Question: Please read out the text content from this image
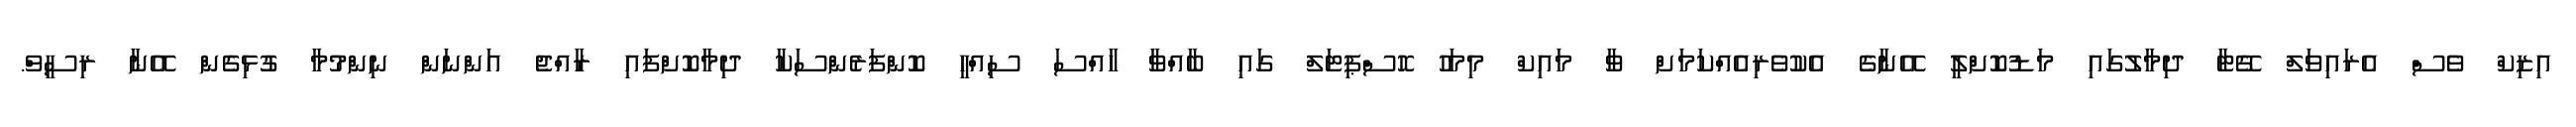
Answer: އިޒިކް ވެސް އެރައިވަލް ގޭޓާ ދިމާލުގައި މަޑުކޮށްލީ އޭނާގެ އެކުވެރިއެއްކަމަށް ވާ މައިކް މިމަހު ހޮސްޕިޓަލް ގައި ބާއްވާ ހާއްސަ ސިއްހީ ކޮންފަރެންސަކާ ދިމާކޮށްފައި ރާއްޖެ އަންނަން ނިންމުމާ ގުޅިގެން އޭނާ ރިސީވް.